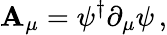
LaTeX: \mathbf{A}_{\mu}=\psi^{\dagger}\partial_{\mu}\psi\, ,